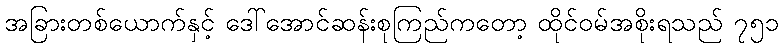
အခြားတစ်ယောက်နှင့် ဒေါ်အောင်ဆန်းစုကြည်ကတော့ ထိုင်ဝမ်အစိုးရသည် ၇၅၁